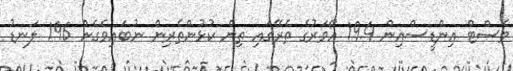
ވެސްޓް އިންޑީސްއިން 19.4 އޯވަރުގެ ތެރޭގައި ތިން ކުޅުންތެރިން ނުބައިވެގެން 196 ލަނޑު